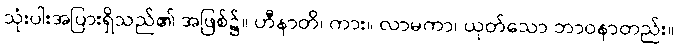
သုံးပါးအပြားရှိသည်၏ အဖြစ်၌။ ဟီနာတိ၊ ကား။ လာမကာ၊ ယုတ်သော ဘာဝနာတည်း။